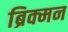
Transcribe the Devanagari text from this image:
ब्रिक्मन